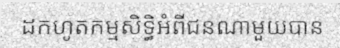
ដកហូតកម្មសិទ្ធិអំពីជនណាមួយបាន